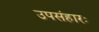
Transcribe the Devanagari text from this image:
उपसंहारः